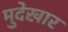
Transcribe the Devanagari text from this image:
मुदेखार